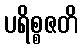
ပရိစ္စဇတိ